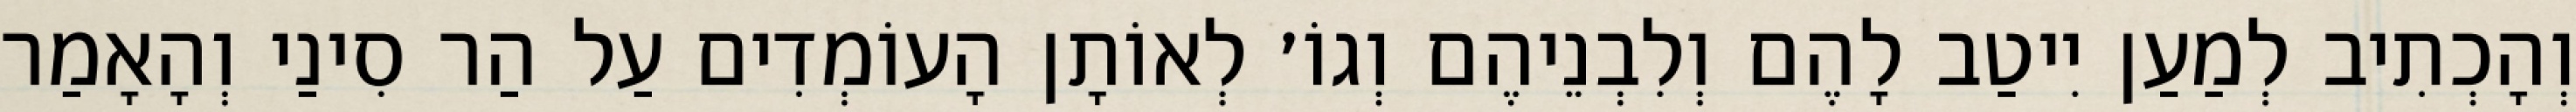
וְהָכְתִיב לְמַעַן יִיטַב לָהֶם וְלִבְנֵיהֶם וְגוֹ׳ לְאוֹתָן הָעוֹמְדִים עַל הַר סִינַי וְהָאָמַר